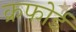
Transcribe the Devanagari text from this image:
क्रफोर्ड